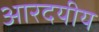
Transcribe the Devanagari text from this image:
आरदयीय